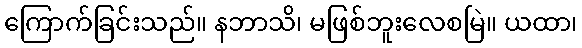
ကြောက်ခြင်းသည်။ နဘာသိ၊ မဖြစ်ဘူးလေစမြဲ။ ယထာ၊